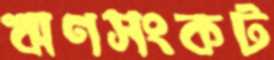
ঋণসংকট